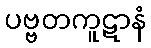
ပဗ္ဗတကူဋာနံ